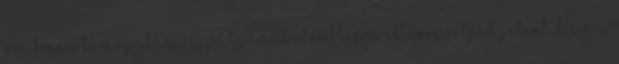
szakmai támogatása A pályázat elsődleges célcsoportját jelentik az A